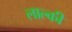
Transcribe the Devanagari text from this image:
लाल्की